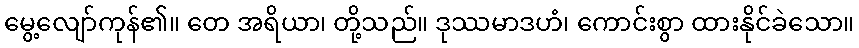
မွေ့လျော်ကုန်၏။ တေ အရိယာ၊ တို့သည်။ ဒုဿမာဒဟံ၊ ကောင်းစွာ ထားနိုင်ခဲသော။